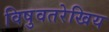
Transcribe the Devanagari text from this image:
विषुवतरेखिय